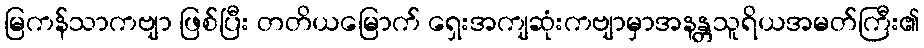
မြကန်သာကဗျာ ဖြစ်ပြီး တတိယမြောက် ရှေးအကျဆုံးကဗျာမှာအနန္တသူရိယအမတ်ကြီး၏